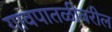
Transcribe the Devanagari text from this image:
गावपातळीवरील